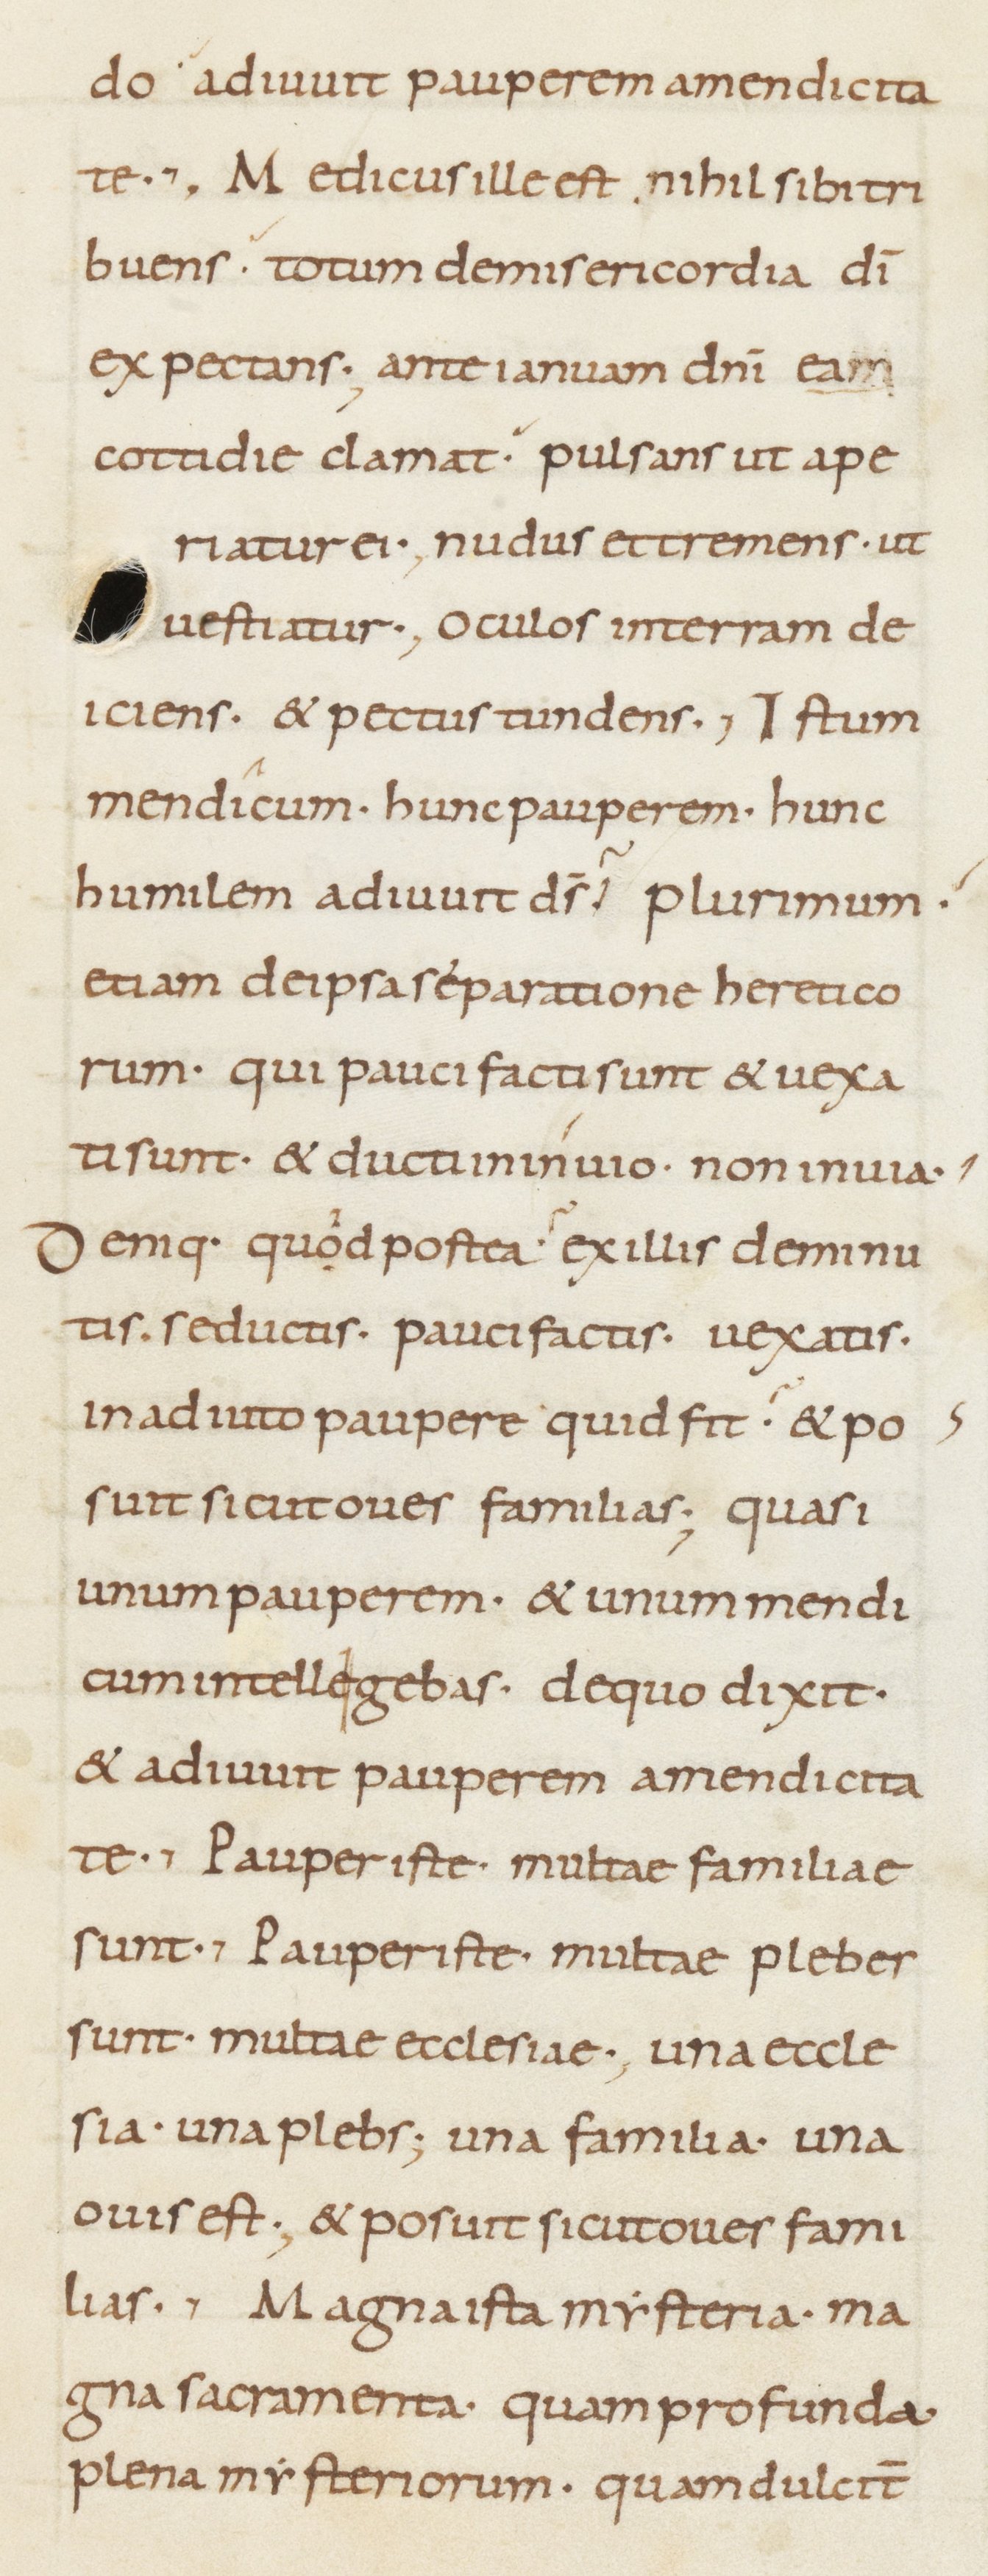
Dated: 800–899